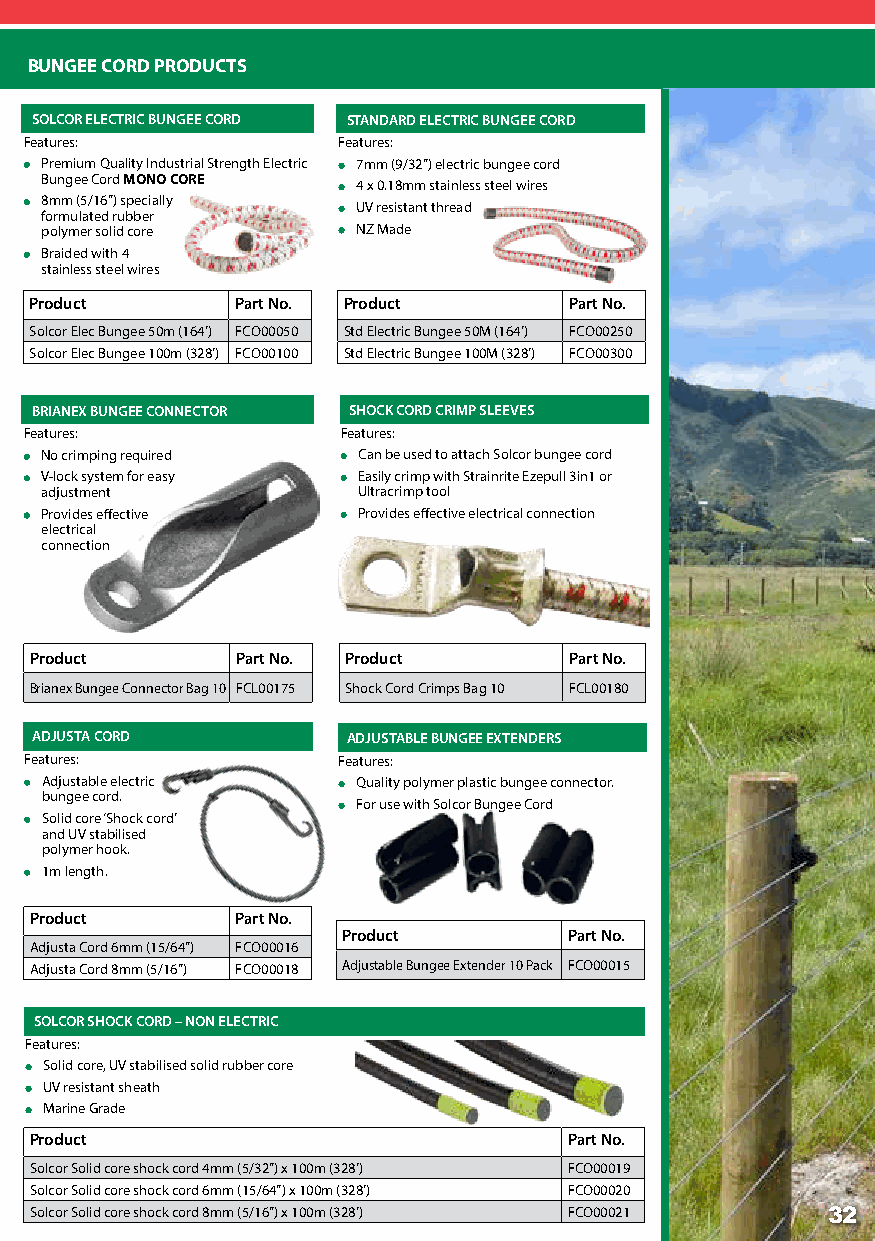
BUNGEE CORD PRODUCTS
 SOLCOR ELECTRIC BUNGEE CORD STANDARD ELECTRIC BUNGEE CORD
 Features:           Features:
 Premium Quality Industrial Strength Electric 7mm (9/32”) electric bungee cord
 Bungee Cord MONO CORE
 4 x 0.18mm stainless steel wires
 8mm (5/16”) specially
 UV resistant thread
 formulated rubber
 polymer solid core   NZ Made
 Braided with 4
 stainless steel wires
 Product       Part No. Product      Part No.
 Solcor Elec Bungee 50m (164’) FCO00050 Std Electric Bungee 50M (164’) FCO00250
 Solcor Elec Bungee 100m (328’) FCO00100 Std Electric Bungee 100M (328’) FCO00300
 BRIANEX BUNGEE CONNECTOR SHOCK CORD CRIMP SLEEVES
 Features:            Features:
 No crimping required Can be used to attach Solcor bungee cord
 V-lock system for easy Easily crimp with Strainrite Ezepull 3in1 or
 adjustment           Ultracrimp tool
 Provides effective   Provides effective electrical connection
 electrical
 connection
 Product       Part No. Product      Part No.
 Brianex Bungee Connector Bag 10 FCL00175 Shock Cord Crimps Bag 10 FCL00180
 ADJUSTA CORD         ADJUSTABLE BUNGEE EXTENDERS
 Features:           Features:
 Adjustable electric  Quality polymer plastic bungee connector.
 bungee cord.
 For use with Solcor Bungee Cord
 Solid core ‘Shock cord’
 and UV stabilised
 polymer hook.
 1m length.
 Product       Part No.
 Product        Part No.
 Adjusta Cord 6mm (15/64”) FCO00016
 Adjusta Cord 8mm (5/16”) FCO00018 Adjustable Bungee Extender 10 Pack FCO00015
 SOLCOR SHOCK CORD – NON ELECTRIC
 Features:
 Solid core, UV stabilised solid rubber core
 UV resistant sheath
 Marine Grade
 Product                             Part No.
 Solcor Solid core shock cord 4mm (5/32”) x 100m (328’) FCO00019
 Solcor Solid core shock cord 6mm (15/64”) x 100m (328’) FCO00020
 Solcor Solid core shock cord 8mm (5/16”) x 100m (328’) FCO00021 32